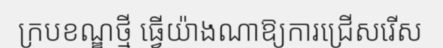
ក្របខណ្ឌថ្មី ធ្វើយ៉ាងណាឱ្យការជ្រើសរើស